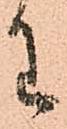
わ